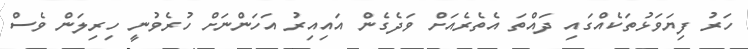
ހަރު ފިޔަވަޅުތަކެއްގައި ދައްތަ އެތެރެއަށް ވަދެގެން އައިއިރު އަހަންނަށް ހުރެވުނީ ހިރިލަން ވެސް